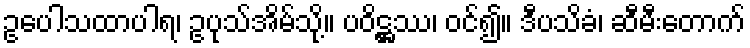
ဥပေါသထာပါရ၊ ဥပုသ်အိမ်သို့။ ပဝိဋ္ဌဿ၊ ဝင်၍။ ဒီပသိခံ၊ ဆီမီးတောက်